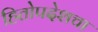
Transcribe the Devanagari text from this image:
हितोपदेशचा